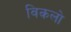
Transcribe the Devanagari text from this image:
विकलो